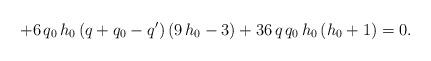
LaTeX: \begin{align*}+ 6\, q_{0}\, h_{0}\, (q+q_{0}-q')\,(9\, h_{0} - 3)+ 36\, q\, q_{0}\, h_{0}\, (h_{0} + 1) = 0 .\end{align*}